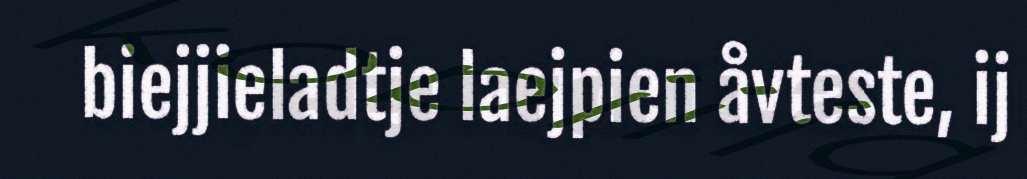
biejjieladtje laejpien åvteste, ij